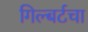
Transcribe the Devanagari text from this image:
गिल्बर्टचा